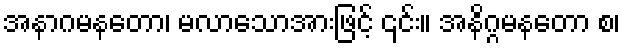
အနာဂမနတော၊ မလာသောအားဖြင့် ၎င်း။ အနိဂ္ဂမနတော စ၊